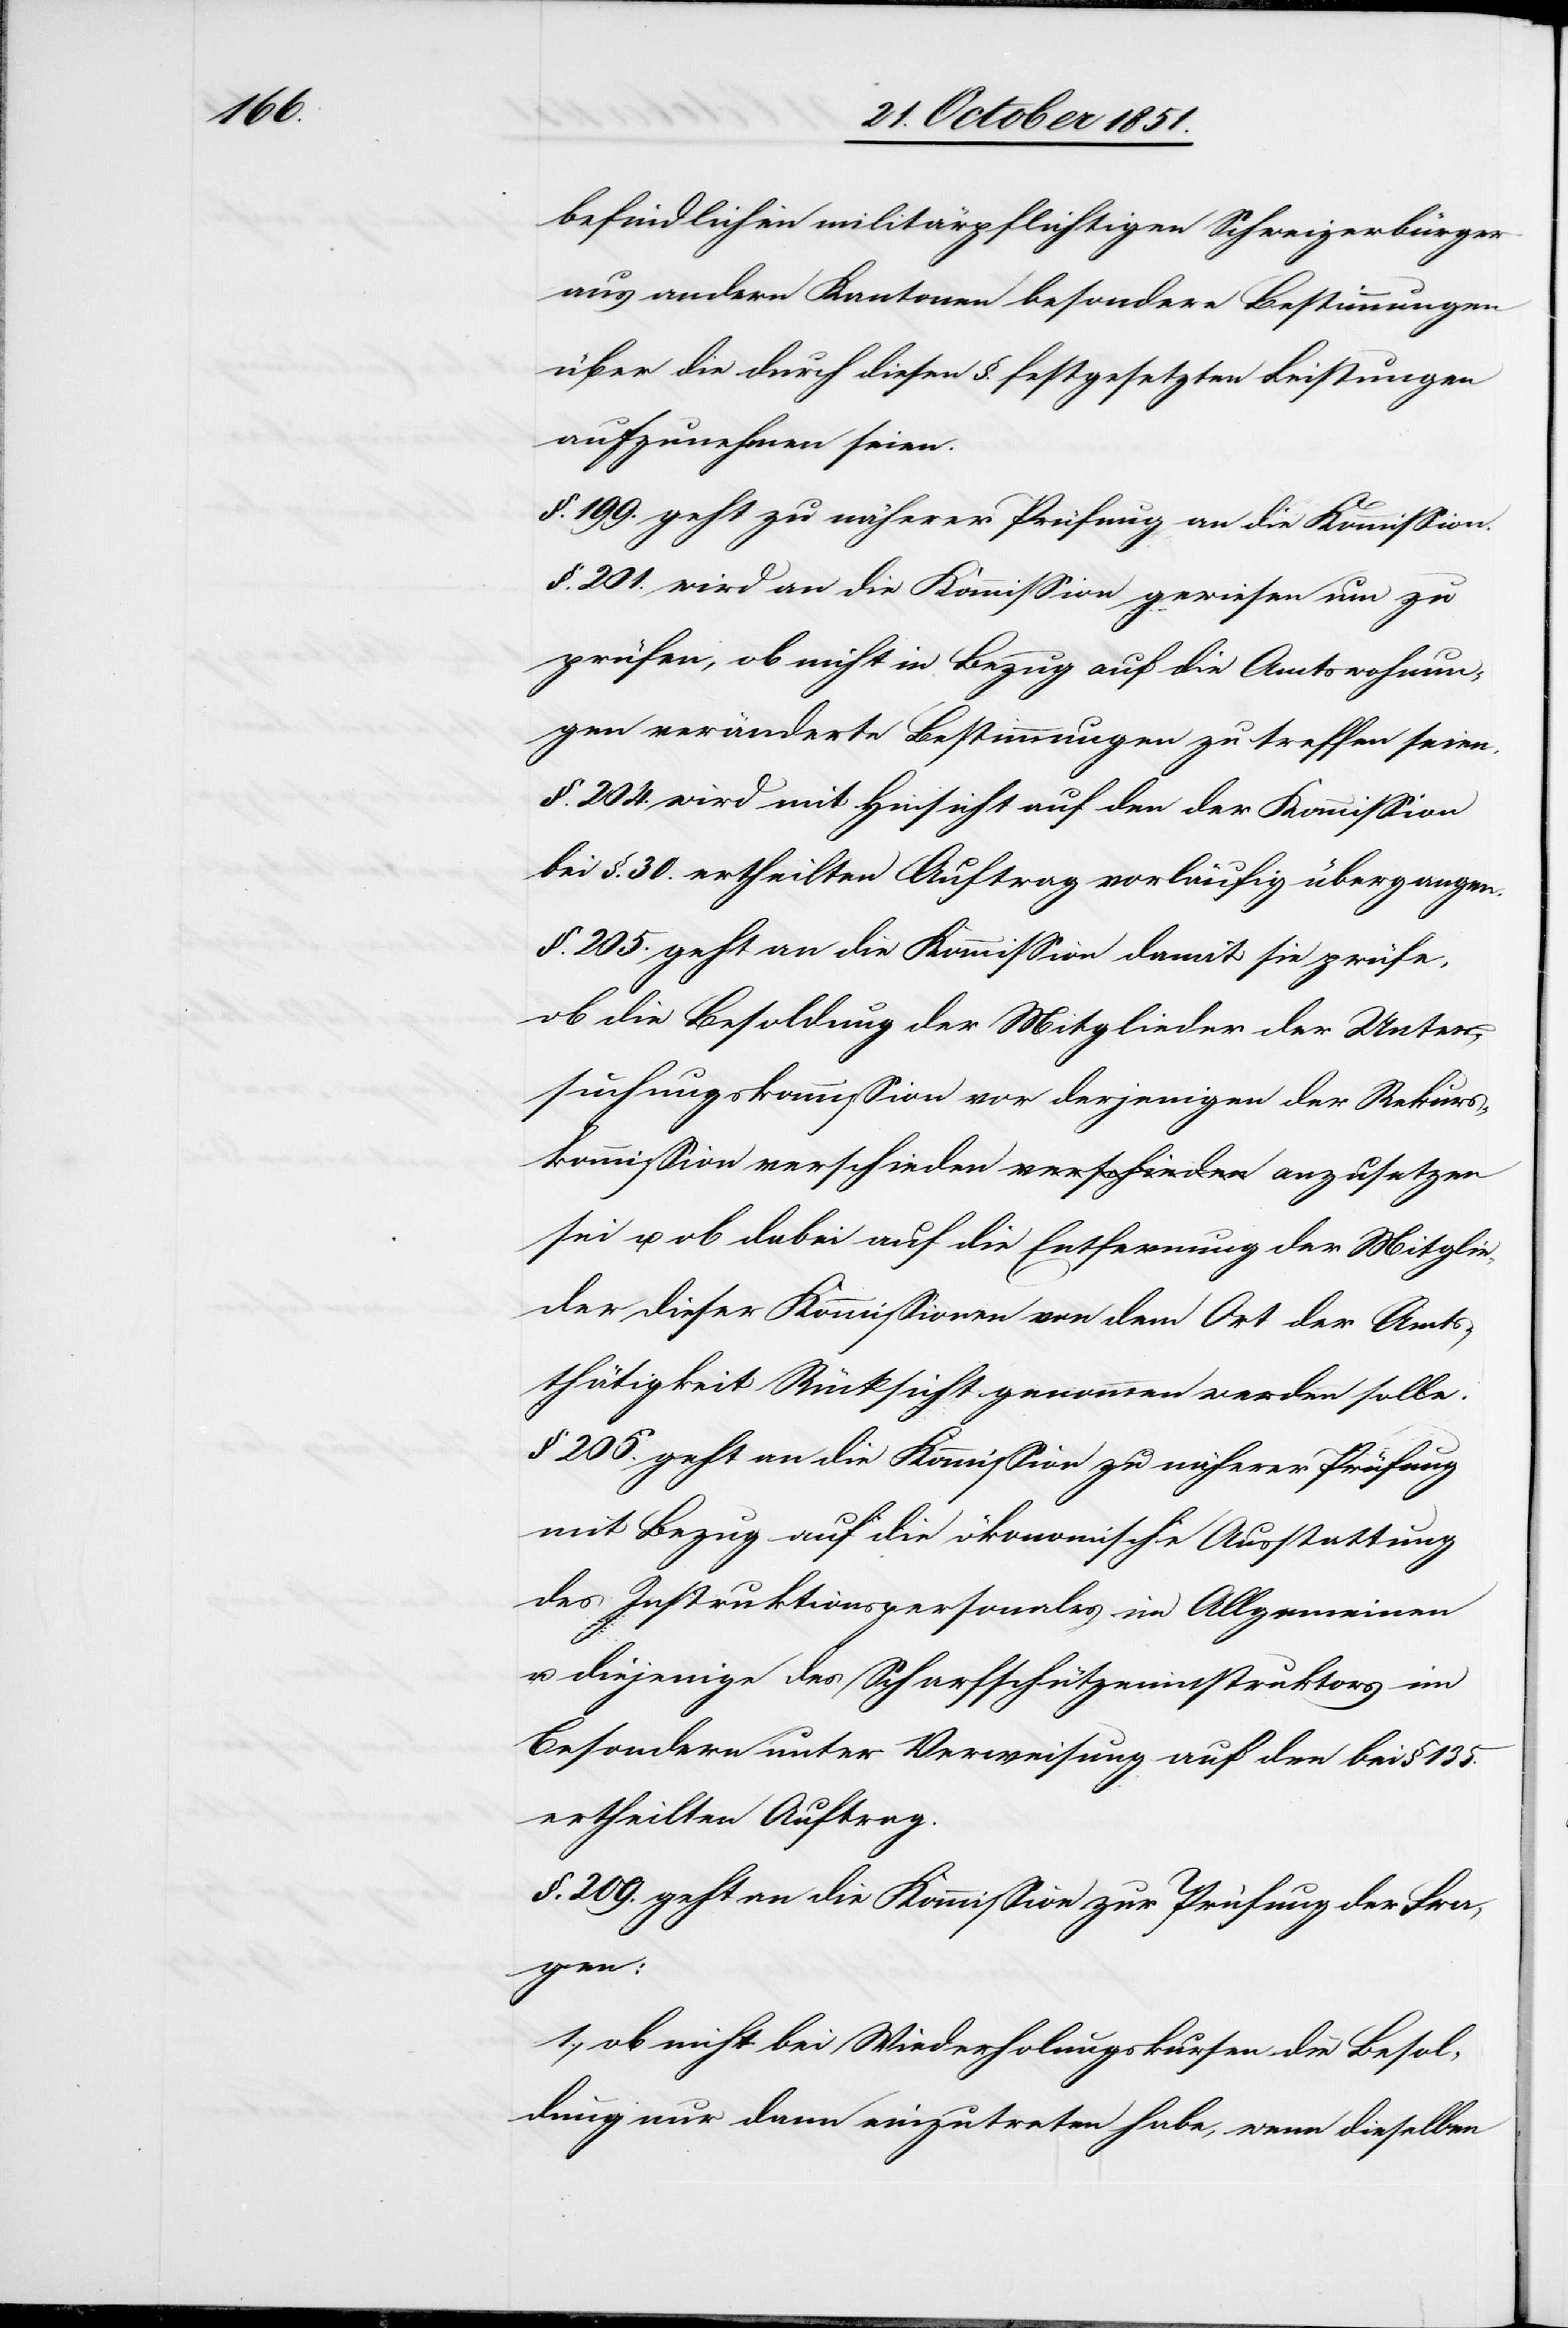
befindlichen militärpflichtigen Schweizerbürger
aus andern Kantonen besondere Bestimmungen
über die durch diesen §. festgesetzten Leistungen
aufzunehmen seien.
§. 199. geht zu näherer Prüfung an die Kommission.
§. 201. wird an die Kommission gewiesen um zu
prüfen, ob nicht in Bezug auf die Amtswohnun¬
gen veränderte Bestimmungen zu treffen seien.
§. 204. wird mit Hinsicht auf den der Kommission
bei §. 30. ertheilten Auftrag vorläufig übergangen.
§. 205. geht an die Kommission damit sie prüfe,
ob die Besoldung der Mitglieder der Unter¬
suchungskommission vor derjenigen der Rekurs¬
kommission verschieden anzusetzen sei u.
der dieser Kommissionen von dem Ort der Amts¬
thätigkeit Rücksicht genommen werden solle.
§ 206. geht an die Kommission zu näherer Prüfung
mit Bezug auf die ökonomische Ausstattung
des Instruktionspersonales im Allgemeinen
u. diejenige des Scharfschützeninstruktors im
Besondern unter Verweisung auf den bei § 135.
ertheilten Auftrag.
§. 209. geht an die Kommission zur Prüfung der Fra¬
gen:
1., ob nicht bei Wiederholungskursen die Besol¬
dung nur dann einzutreten habe, wenn dieselben